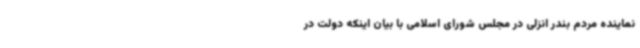
نماینده مردم بندر انزلی در مجلس شورای اسلامی با بیان اینکه دولت در